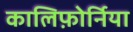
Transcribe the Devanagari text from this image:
कालिफ़ोर्निया